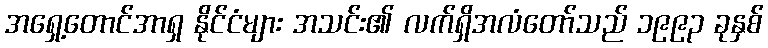
အရှေ့တောင်အာရှ နိုင်ငံများ အသင်း၏ လက်ရှိအလံတော်သည် ၁၉၉၃ ခုနှစ်